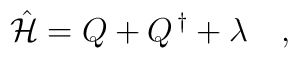
\hat {\cal H} = Q +Q^{\,\dagger}+\lambda\quad,